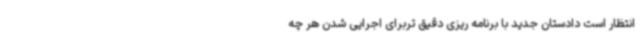
انتظار است دادستان جدید با برنامه ریزی دقیق تربرای اجرایی شدن هر چه